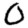
Digit: 0